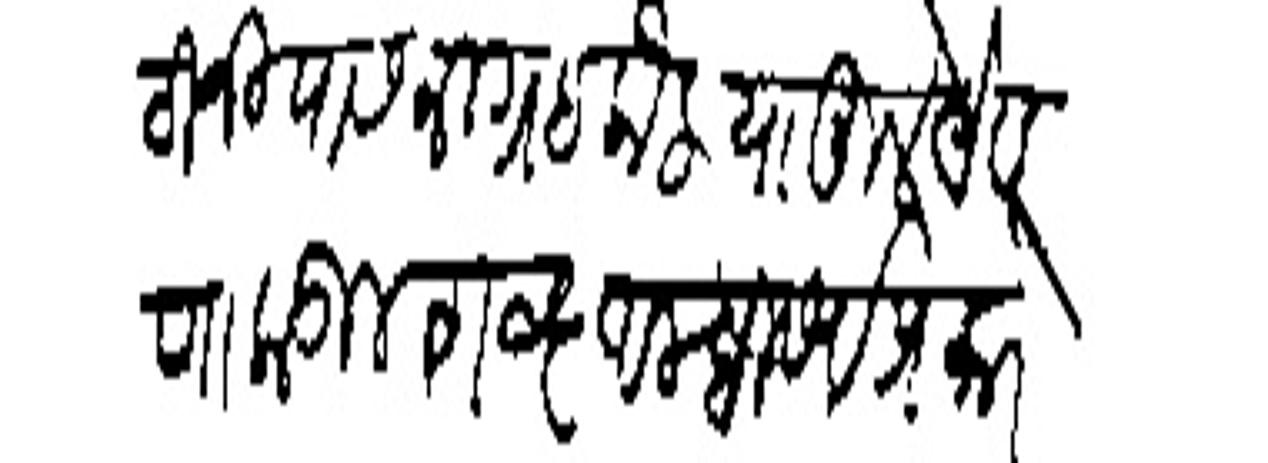
Transliteration (Devanagari): ठानियास निग्रह केलियामुले येवणाकडील शब्द आम्ही सव प्रकारेस